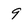
Character: 9